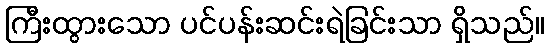
ကြီးထွားသော ပင်ပန်းဆင်းရဲခြင်းသာ ရှိသည်။